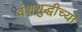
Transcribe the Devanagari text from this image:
वंशशुद्धीच्या